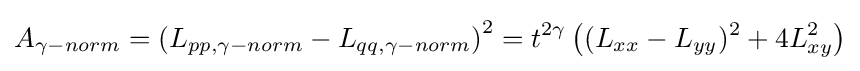
A_{\gamma -norm}=\left(L_{pp,\gamma -norm}-L_{qq,\gamma -norm}\right)^{2}=t^{2\gamma }\left((L_{xx}-L_{yy})^{2}+4L_{xy}^{2}\right)